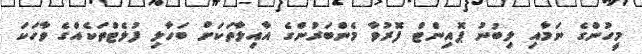
މީހުންގެ ނަމާއި ލިބުނު ޕޮއިންޓް ފޮރުވާ މެންބަރުންގެ އާއިލާތަކަށް ބަހާލި ފުލެޓްތަކެއްގެ ވާހަކަ